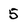
Character: 5